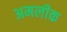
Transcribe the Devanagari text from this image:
अमलीक